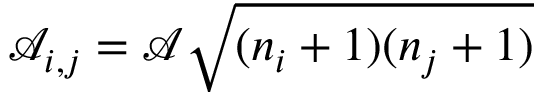
\mathscr { A } _ { i , j } = \mathscr { A } \sqrt { ( n _ { i } + 1 ) ( n _ { j } + 1 ) }